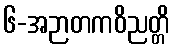
၆-အဉာတကဝိညတ္တိ